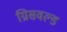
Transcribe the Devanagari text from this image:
ग्रिसवल्ड